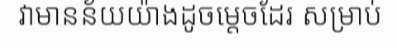
វាមានន័យយ៉ាងដូចម្តេចដែរ សម្រាប់